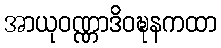
အာယုဝဏ္ဏာဒိဝဍ္ဎနကထာ